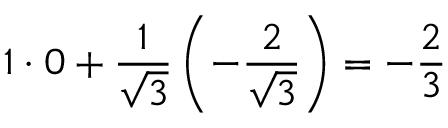
1 \cdot 0 + { \frac { 1 } { \sqrt { 3 } } } \left( - { \frac { 2 } { \sqrt { 3 } } } \right) = - \frac 2 3